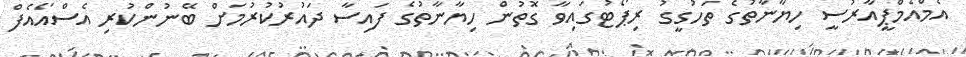
އެމްއެމްޕީއާރުސީ ހިޔާނާތުގެ ތަހުގީގު ރިޕޯޓުގައިވާ ގޮތުން ހިޔާނާތުގެ ފައިސާ ދައުރުކުރުމަށް ބޭނުންކުރި އެސްއޯއެފް